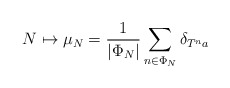
\begin{align*}N \mapsto \mu_N=\frac{1}{|\Phi_N|}\sum_{n\in\Phi_N} \delta_{T^n a}\end{align*}